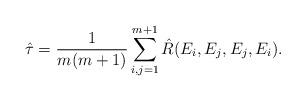
LaTeX: \begin{align*}\hat{\tau}=\frac{1}{m(m+1)}\sum\limits_{i,j=1}^{m+1}\hat{R}(E_i,E_j,E_j,E_i).\end{align*}